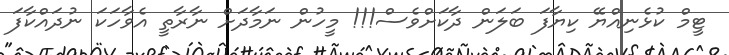
ޓީމް ކުޅެނިއްޔޭ ކިޔާފަ ބަލަން ދާކަށްވެސް!!! މީހުން ނަމާދަށް ނާރާތީ އެވާހަކަ ނުދައްކާފަ